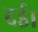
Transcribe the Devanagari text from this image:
दई।